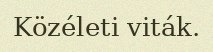
Közéleti viták.